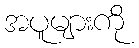
အပူများကို